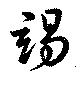
竭